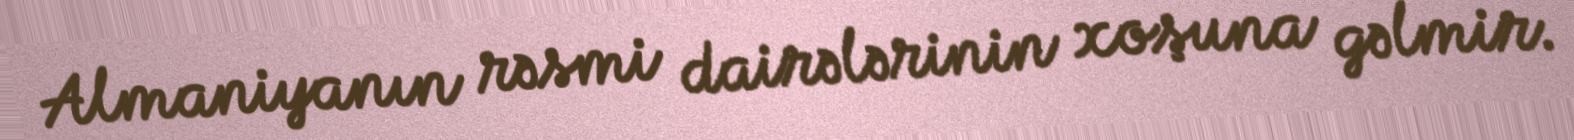
Almaniyanın rəsmi dairələrinin xoşuna gəlmir.